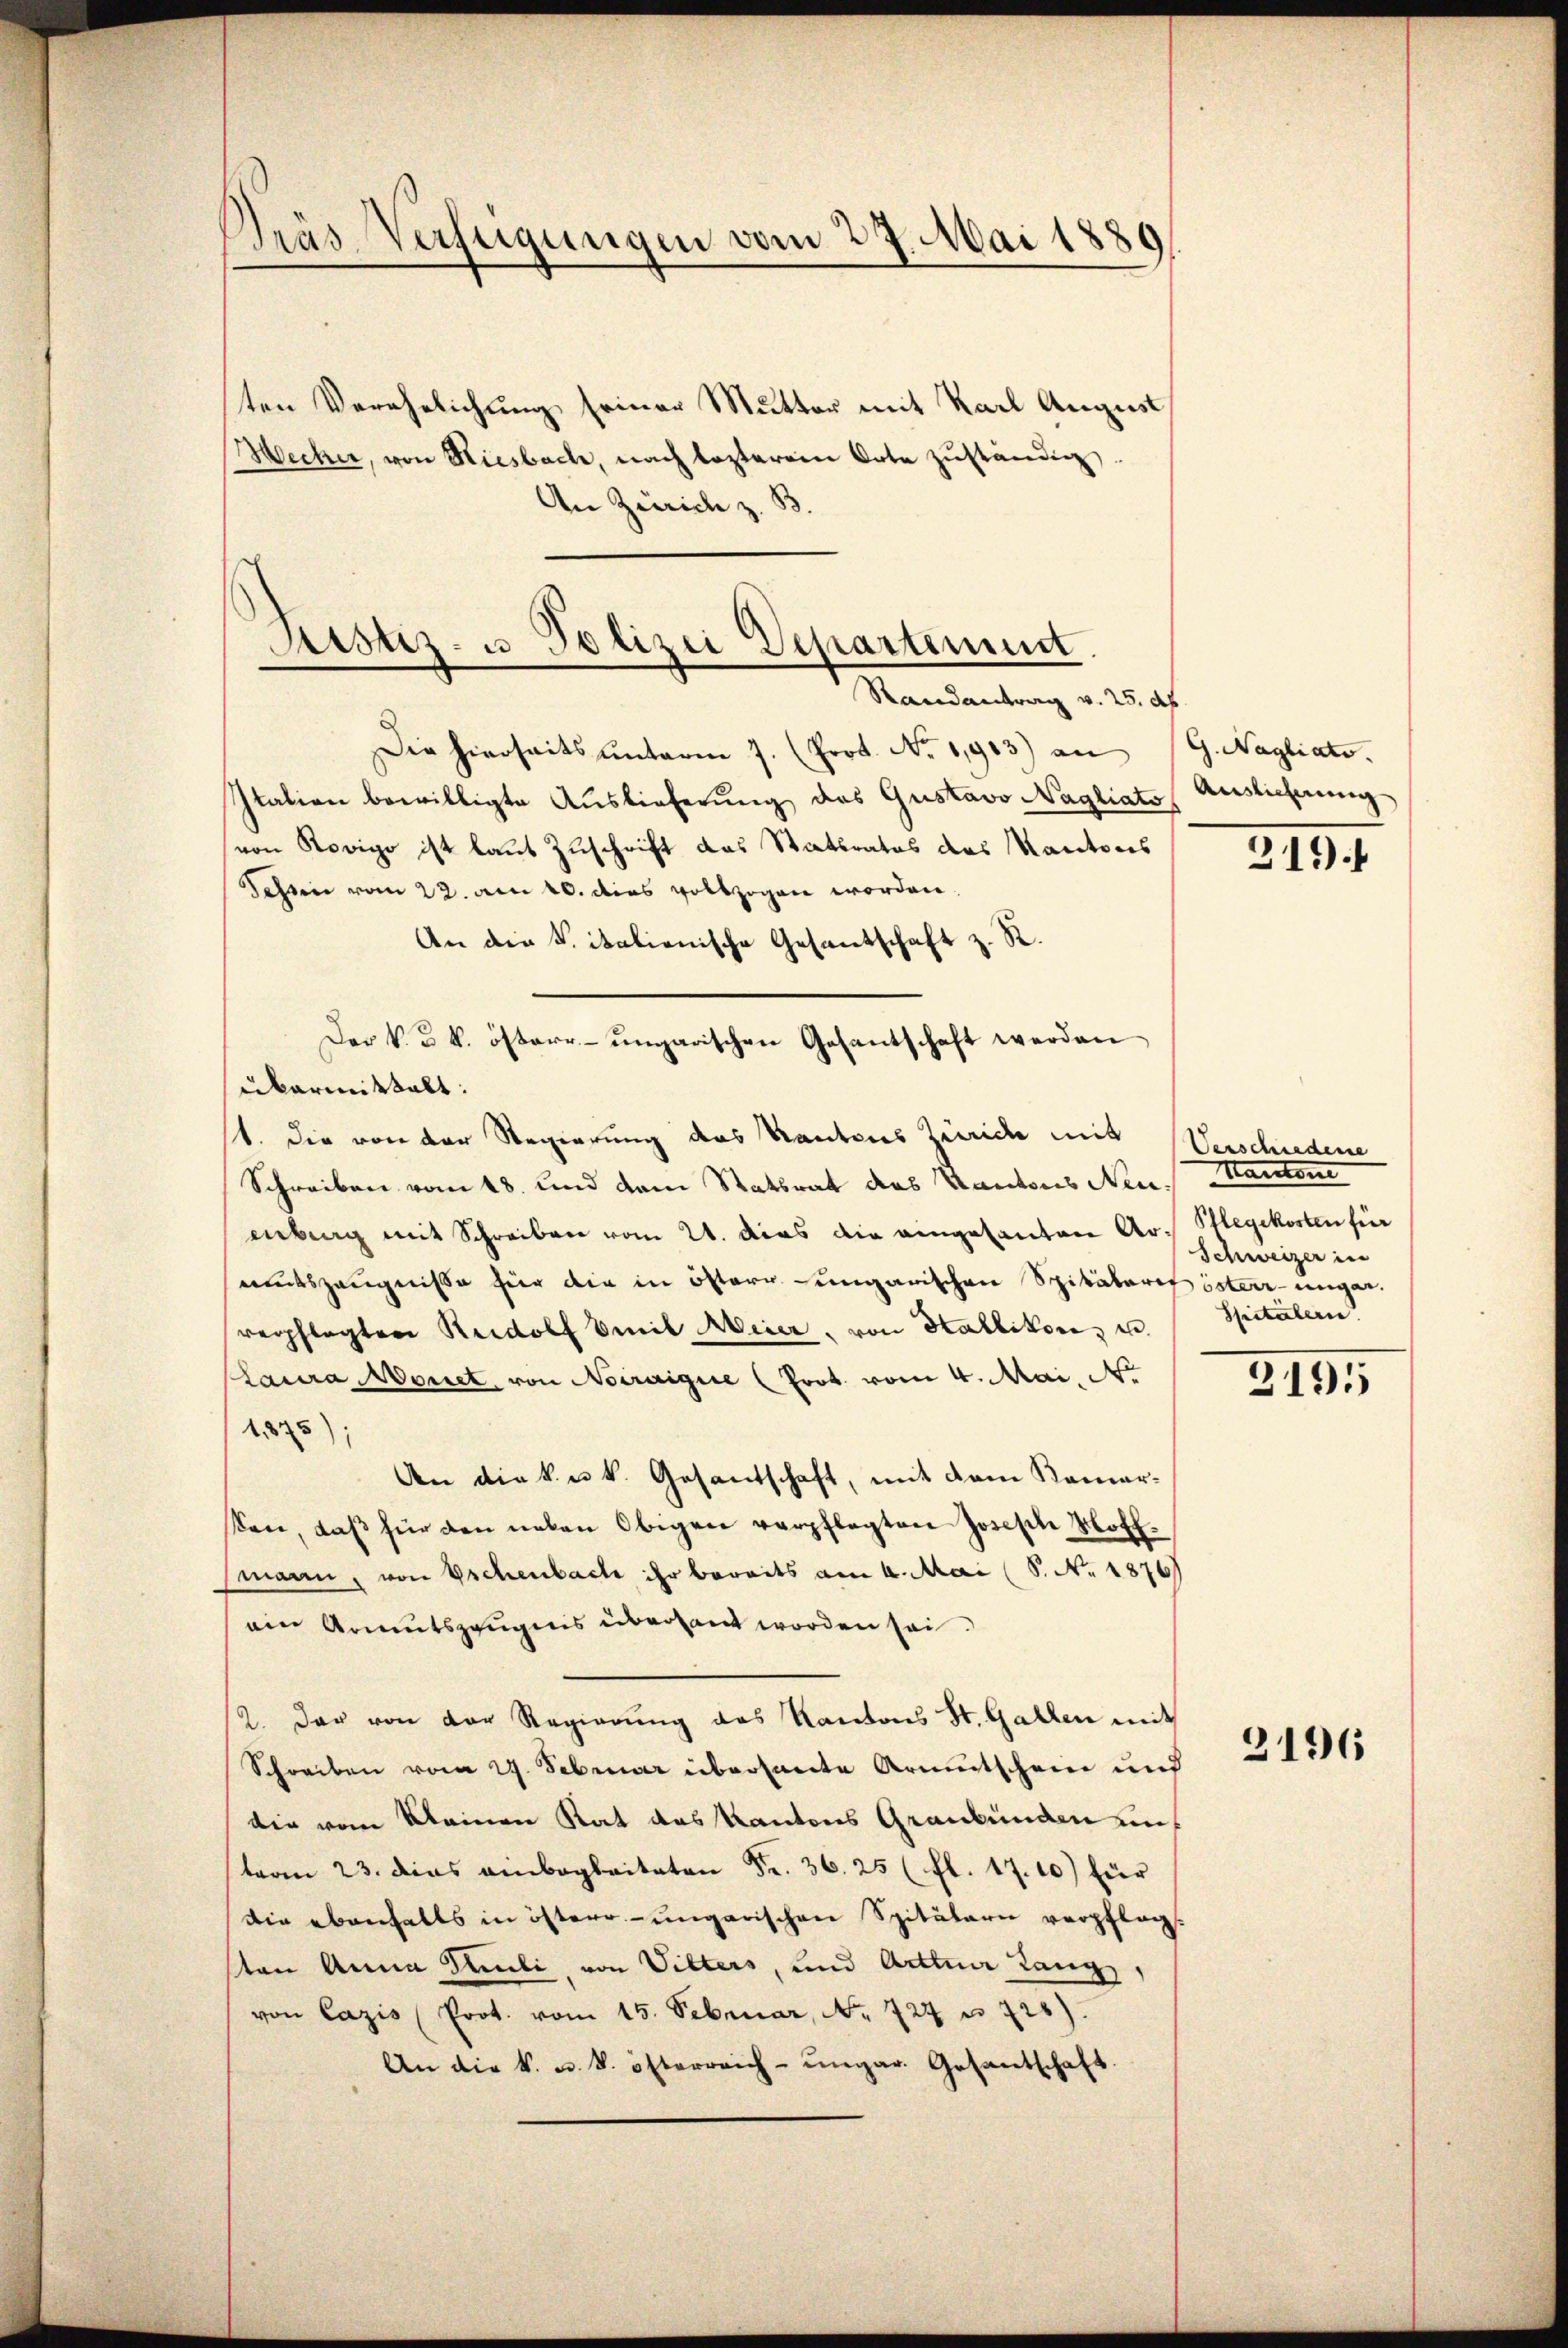
Dräs Verfügungen vom 27. Mai 1880

sten Verehrlichung seiner Mutter mit Karl August
Mecker, von Riesbach, nach lezteren Orte zŭständig.
An Zürich z. B

Justiz- u Polizei Departement.
Randantrag v. 25. d.

Die hierseits ŭnterm 7. (Prot. No. 11913) an (G. Nagliato.
Italien bewilligte Auslieferung des Gustavo Nagliats Auslieferung
von Rovigo ist laut Zuschrift das Stattrates das Kantons
dahin vom 22. am 10. dies vollzogen worden.
An die K. italienische Gesantschaft z. R.
Der k. u. k. österr-ungarischen Gesantschaft werden
übermittalt:
1. Die von der Regierung des Kantons Leide mit
Schreiben vom 18. und dem Statsrat das Kantons Neuenberg mit Schreiben vom 21. dies die eingesanten Ar- Plegekosten für
mutszeugniße für die in Osterr. ungarischen Spitalaris österrungen.
verpflegten Rudolf Emil Meier, von Stallikon, u.
Laura Monet, von Noiraigue (Prot. vom 4. Mai. No
175)
An die k. u. k. Gesantschaft, mit dem Komarsen, daβ für den neben Obigen verpflegten Joseph Notf
mann, von Eschenbach ihr bereits am 4. Mai (S. Nr. 1876
am Armutszeugnis überhaut worden sei.
2. Der von der Regierung des Kantons St. Gallen mit
Schreiben vom 27. Februar übersante Arentschein und
Die vom Kleinen Rat das Kantons Graubünden unterm 23. dies anbegleiteten Fr. 36. 25 (fl. 17. 10) für
Die ebenfalls in österr.-ungarischen Spitätari verpfleg-
ten Anna Mili, von Villers, und Arttner Lang,
von Cazis (Prot. vom 15. Februar, Nr. 727 u. 728).
An die k. u. k. österreich-ungar. Gesantschaft

219

Verschiedene
Mantone
Schweizer in
Spitälern.

3195

3196